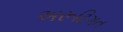
અરૂઢિગત